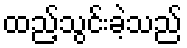
ထည့်သွင်းခဲ့သည်